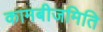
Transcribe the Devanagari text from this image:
कामबीजमिति